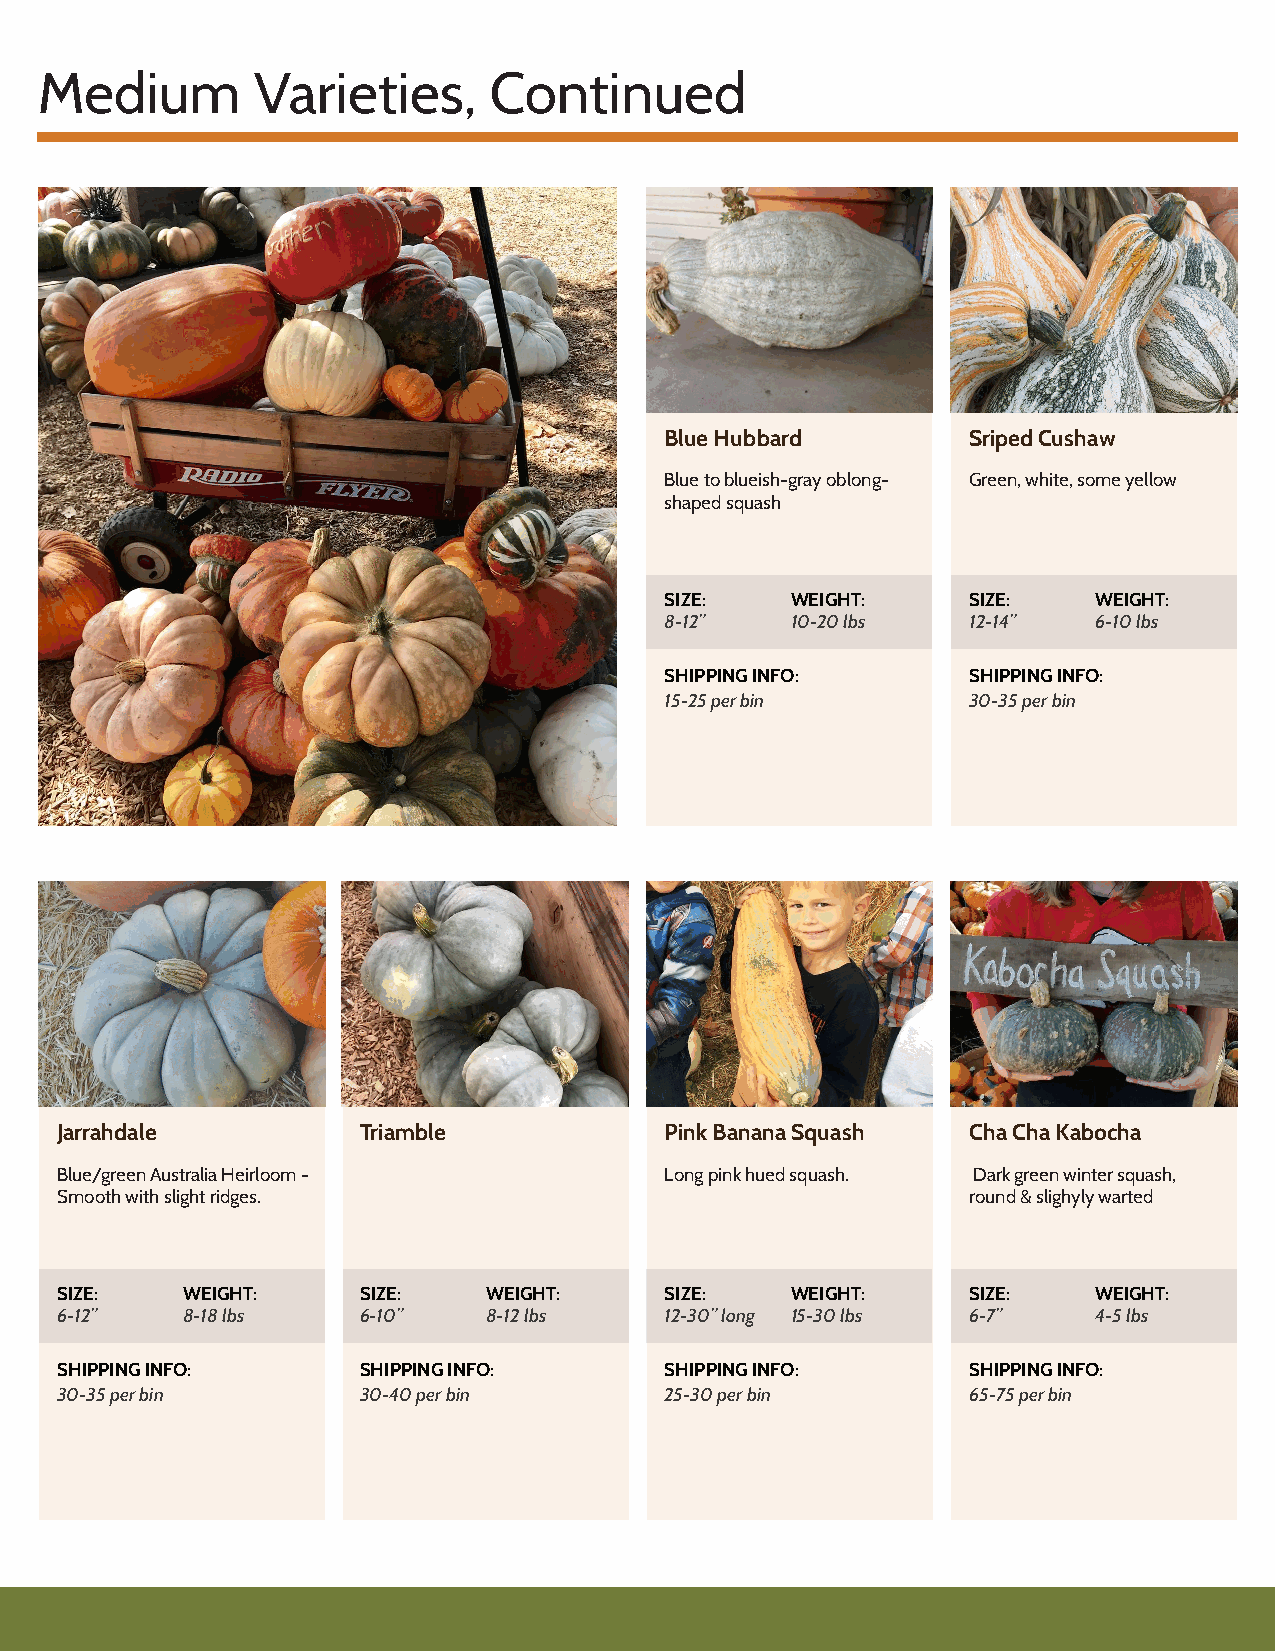
Medium         Varieties,     Continued
 Blue Hubbard        Sriped Cushaw
 Blue to blueish-gray oblong- Green, white, some yellow
 shaped squash
 SIZE:   WEIGHT:     SIZE:    WEIGHT:
 8-12”   10-20 lbs   12-14”   6-10 lbs
 SHIPPING INFO:      SHIPPING INFO:
 15-25 per bin       30-35 per bin
 Jarrahdale          Triamble            Pink Banana Squash  Cha Cha Kabocha
 Blue/green Australia Heirloom -         Long pink hued squash. Dark green winter squash,
 Smooth with slight ridges.                                  round & slighyly warted
 SIZE:   WEIGHT:     SIZE:   WEIGHT:     SIZE:   WEIGHT:     SIZE:    WEIGHT:
 6-12”   8-18 lbs    6-10”   8-12 lbs    12-30” long 15-30 lbs 6-7”   4-5 lbs
 SHIPPING INFO:      SHIPPING INFO:      SHIPPING INFO:      SHIPPING INFO:
 30-35 per bin       30-40 per bin       25-30 per bin       65-75 per bin